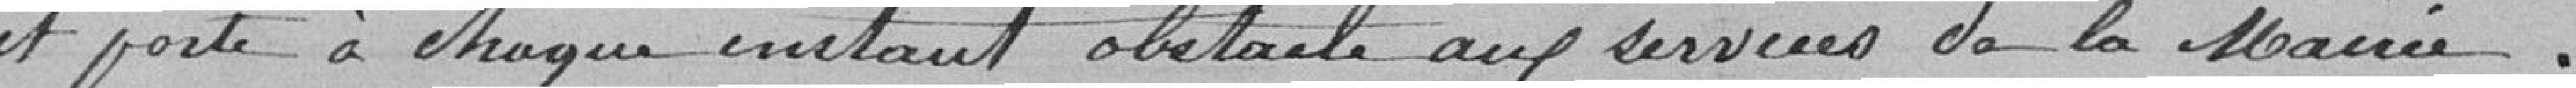
et porte à chaque instant obstacle aux services de la mairie.